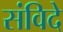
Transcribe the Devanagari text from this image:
संविदे